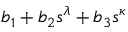
b _ { 1 } + b _ { 2 } s ^ { \lambda } + b _ { 3 } s ^ { \kappa }